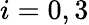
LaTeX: i=0,3